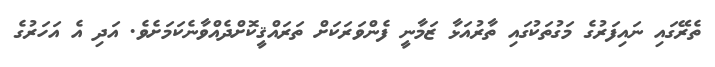
ތެރޭގައި ނައިފަރުގެ މަގުތަކުގައި ތާރުއަޅާ ޒަމާނީ ފެންވަރަކަށް ތަރައްޤީކޮށްދެއްވާނެކަމަށެވެ. އަދި އެ އަހަރުގެ